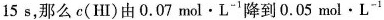
15s，那么c(HI)由0.07 \mathrm{~mol} \cdot \mathrm{L}^{-1}降到0.05 \mathrm{~mol} \cdot \mathrm{L}^{-1}